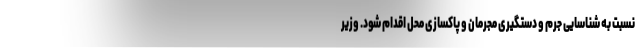
نسبت به شناسایی جرم و دستگیری مجرمان و پاکسازی محل اقدام شود. وزیر